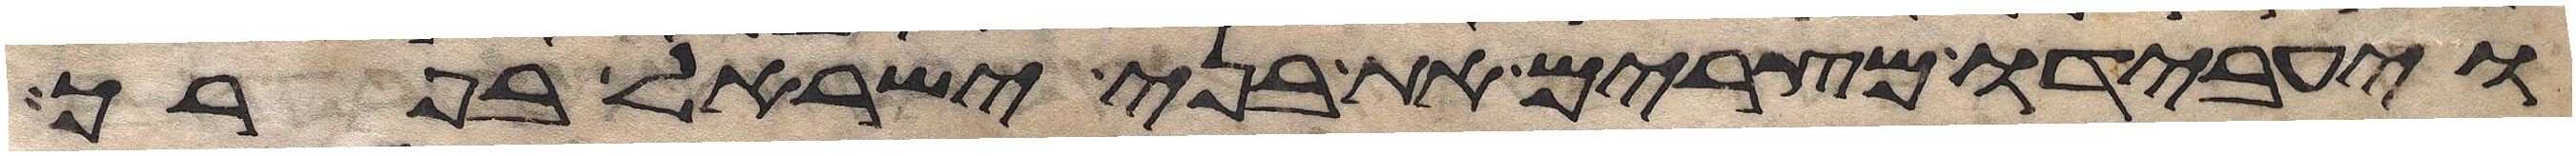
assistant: ויעבדו מצרים את בני ישראל בפרך